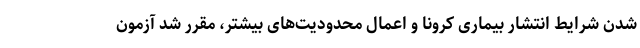
شدن شرایط انتشار بیماری کرونا و اعمال محدودیت‌های بیشتر، مقرر شد آزمون